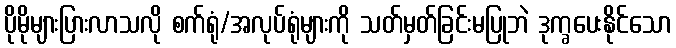
ပိုမိုများပြားလာသလို စက်ရုံ/အလုပ်ရုံများကို သတ်မှတ်ခြင်းမပြုဘဲ ဒုက္ခပေးနိုင်သော